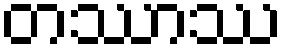
တဿာဿ